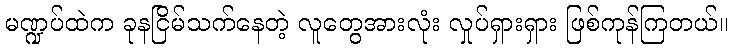
မဏ္ဍပ်ထဲက ခုနငြိမ်သက်နေတဲ့ လူတွေအားလုံး လှုပ်ရှားရှား ဖြစ်ကုန်ကြတယ်။